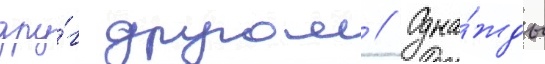
дру́г другом // Одна́жды